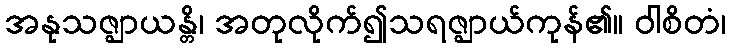
အနုသဇ္ဈာယန္တိ၊ အတုလိုက်၍သရဇ္ဈာယ်ကုန်၏။ ဝါစိတံ၊